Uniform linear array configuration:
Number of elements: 32
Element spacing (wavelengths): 0.75
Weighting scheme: uniform
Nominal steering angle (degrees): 15
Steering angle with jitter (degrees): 15.915
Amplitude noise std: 0.05
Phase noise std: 0.05

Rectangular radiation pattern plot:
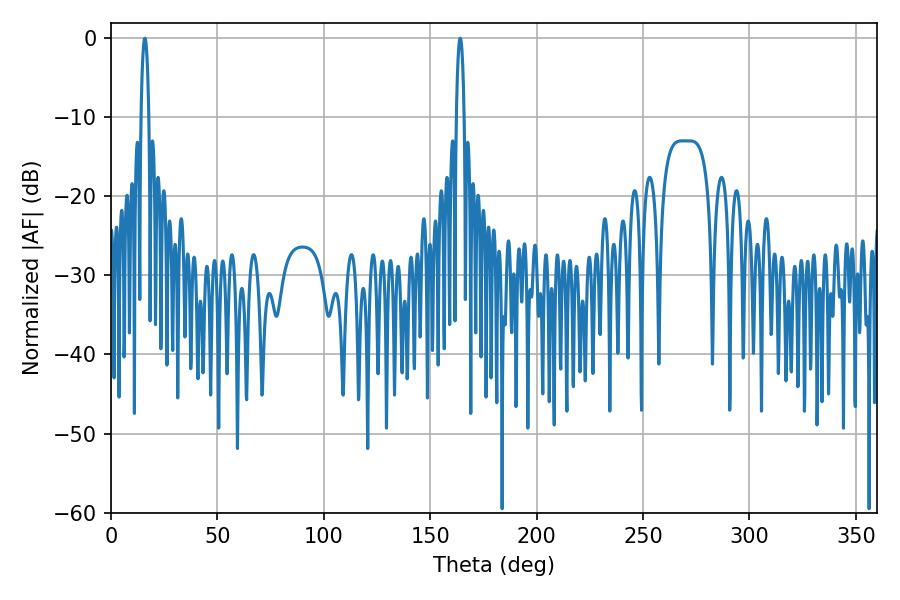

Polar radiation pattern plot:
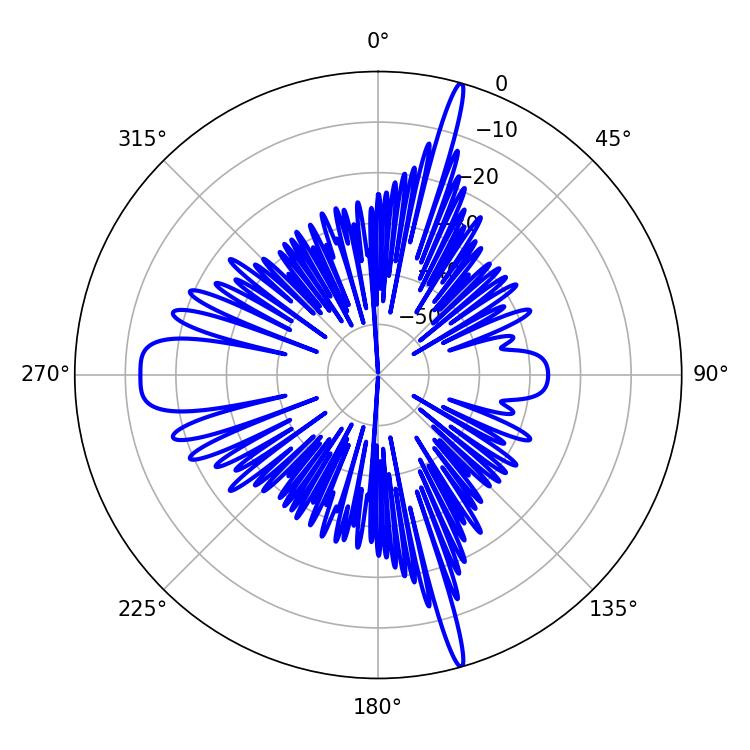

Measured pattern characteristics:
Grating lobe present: TRUE
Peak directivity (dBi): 25.687
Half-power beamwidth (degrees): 1.98
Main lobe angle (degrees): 15.84